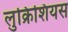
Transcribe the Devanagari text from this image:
लुक्रिशियस